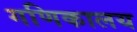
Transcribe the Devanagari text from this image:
गणिकालय